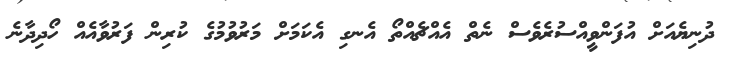
ދުނިޔެއަށް އުފަންވީއްސުރެވެސް ނެތް އެއްޗެއްތޯ އެނގި އެކަމަށް މަރުވުމުގެ ކުރިން ފަރުވާއެއް ހޯދިދާނެ